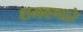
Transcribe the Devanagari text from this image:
शमवणारे